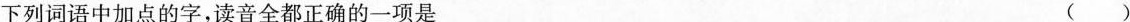
下列词语中加点的字，读音全都正确的一项是 ( )